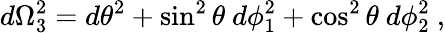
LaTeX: d\Omega_{3}^{2}=d\theta^{2}+\sin^{2}\theta~d\phi_{1}^{2}+\cos^{2}\theta~d\phi_{2}^{2}\ ,